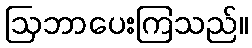
ဩဘာပေးကြသည်။